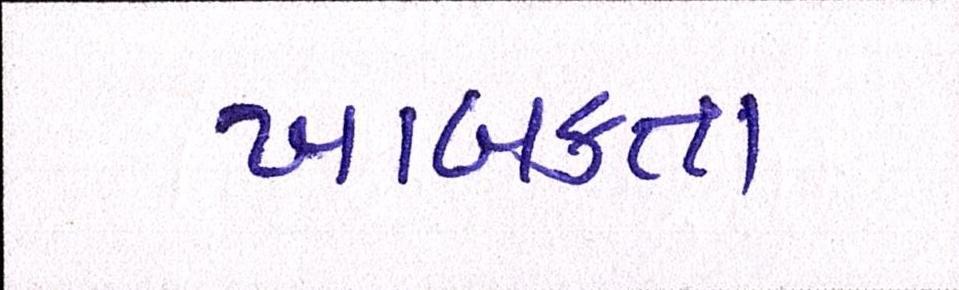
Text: ખાબકતા